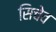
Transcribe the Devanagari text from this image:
सिचेव